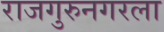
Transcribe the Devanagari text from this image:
राजगुरुनगरला